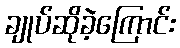
ချုပ်ဆိုခဲ့ကြောင်း